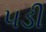
૫ડી